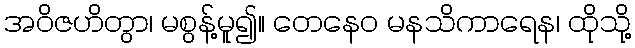
အဝိဇဟိတွာ၊ မစွန့်မူ၍။ တေနေဝ မနသိကာရေန၊ ထိုသို့